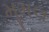
મૂમલ